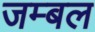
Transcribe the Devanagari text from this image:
जम्‍बल